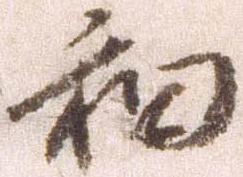
和